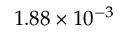
1 . 8 8 \times 1 0 ^ { - 3 }